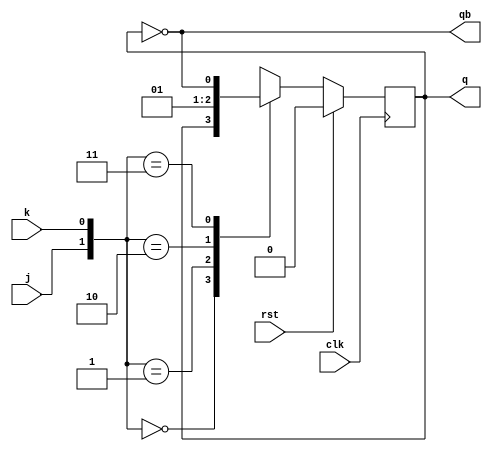
module jkff_negedge(j,k,clk,rst,q,qb);

input j,k,clk,rst;
output reg q;
output qb;

parameter hold=2'b00;
parameter reset=2'b01;
parameter set=2'b10;
parameter toggle=2'b11;

always @(negedge clk)
begin
if (rst)
q<=1'b0;
else
begin
case({j,k})

hold: q<=q;
reset:q<=0;
set:q<=1;
toggle:q<=~q;
default:q<=1'b0;

endcase
end

end

assign qb=~q;

endmodule